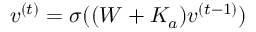
v ^ { ( t ) } = \sigma ( ( W + K _ { a } ) v ^ { ( t - 1 ) } )